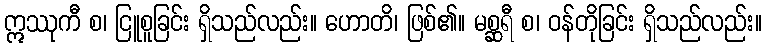
ဣဿုကီ စ၊ ငြူစူခြင်း ရှိသည်လည်း။ ဟောတိ၊ ဖြစ်၏။ မစ္ဆရီ စ၊ ဝန်တိုခြင်း ရှိသည်လည်း။